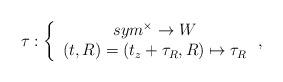
LaTeX: \begin{align*}\tau :\left\{ \begin{array}{c}sym^{\times }\rightarrow W \\ \left( t,R\right) =\left( t_z+\tau _R,R\right) \mapsto \tau _R \end{array}\right. ,\end{align*}